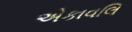
એકાવલિ